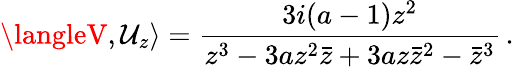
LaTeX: \langleV,\mathcal{U}_{z}\rangle=\frac{{3i(a-1)z^{2}}}{{z^{3}-3az^{2}{\bar{{z}}}+3az{\bar{{z}}}^{2}-{\bar{{z}}}^{3}}}\, .